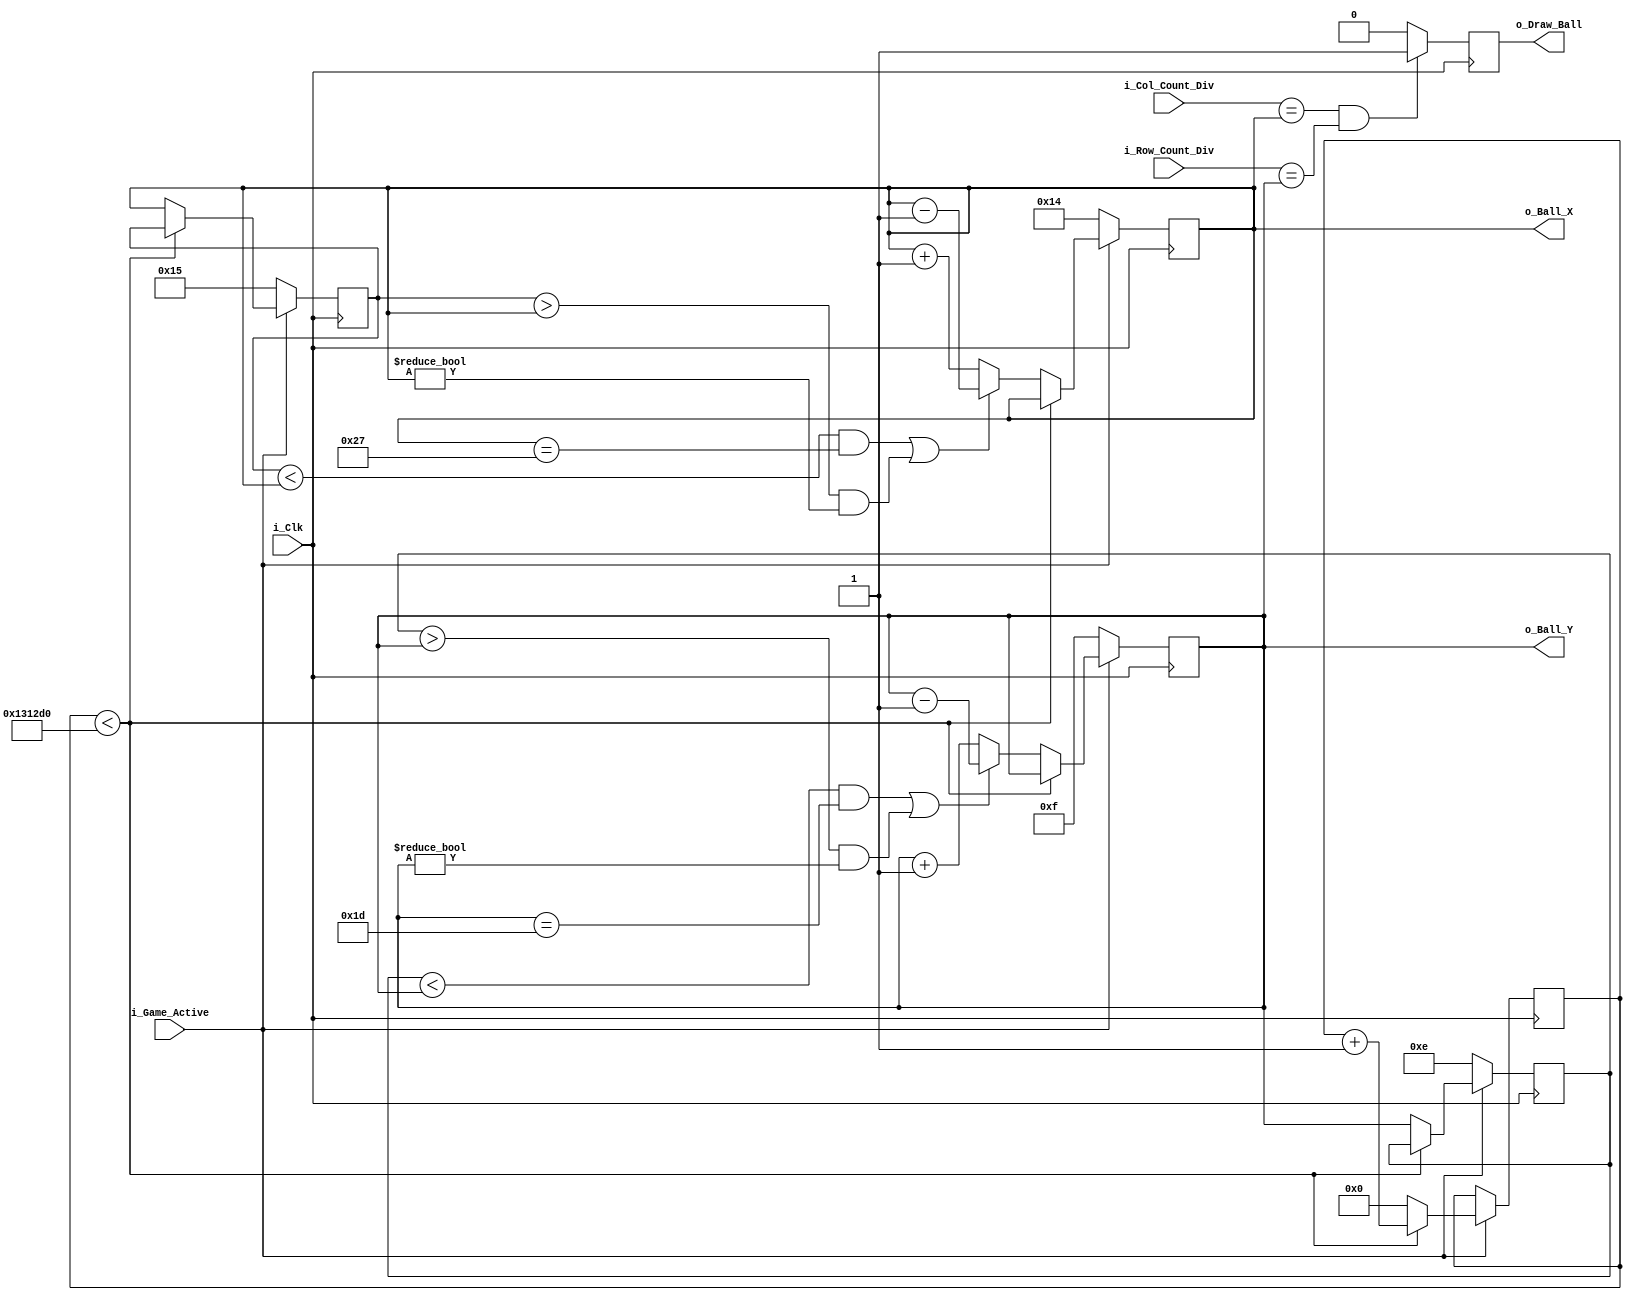
module Pong_Ball_Ctrl 
  #(parameter c_GAME_WIDTH=40, 
    parameter c_GAME_HEIGHT=30) 
  (input            i_Clk,
   input            i_Game_Active,
   input [5:0]      i_Col_Count_Div,
   input [5:0]      i_Row_Count_Div,
   output reg       o_Draw_Ball,
   output reg [5:0] o_Ball_X = 0,
   output reg [5:0] o_Ball_Y = 0);

  // Set the Speed of the ball movement.
  // In this case, the ball will move one board game unit 
  // every 50 milliseconds that the button is held down.   
  parameter c_BALL_SPEED = 1250000;

  reg [5:0]  r_Ball_X_Prev = 0;
  reg [5:0]  r_Ball_Y_Prev = 0;    
  reg [31:0] r_Ball_Count = 0;

  always @(posedge i_Clk)
  begin
    // If the game is not active, ball stays in the middle of
    // screen until the game starts.
    if (i_Game_Active == 1'b0)
    begin
      o_Ball_X      <= c_GAME_WIDTH/2;
      o_Ball_Y      <= c_GAME_HEIGHT/2;
      r_Ball_X_Prev <= c_GAME_WIDTH/2 + 1;
      r_Ball_Y_Prev <= c_GAME_HEIGHT/2 - 1;
    end

    // Update the ball counter continuously.  Ball movement
    // update rate is determined by input parameter
    // If ball counter is at its limit, update the ball position
    // in both X and Y.
    else
    begin
      if (r_Ball_Count < c_BALL_SPEED)
        r_Ball_Count <= r_Ball_Count + 1;
      else
      begin
        r_Ball_Count <= 0;

        // Store Previous Location to keep track of movement
        r_Ball_X_Prev <= o_Ball_X;
        r_Ball_Y_Prev <= o_Ball_Y;

        // When Previous Value is less than current value, ball is moving
        // to right.  Keep it moving to the right unless we are at wall.
        // When Prevous value is greater than current value, ball is moving
        // to left.  Keep it moving to the left unless we are at a wall.
        // Same philosophy for both X and Y.
        
        if ((r_Ball_X_Prev < o_Ball_X && o_Ball_X == c_GAME_WIDTH-1) ||
            (r_Ball_X_Prev > o_Ball_X && o_Ball_X != 0))
          o_Ball_X <= o_Ball_X - 1;
        else
          o_Ball_X <= o_Ball_X + 1;

        if ((r_Ball_Y_Prev < o_Ball_Y && o_Ball_Y == c_GAME_HEIGHT-1) ||
            (r_Ball_Y_Prev > o_Ball_Y && o_Ball_Y != 0))
          o_Ball_Y <= o_Ball_Y - 1;
        else
          o_Ball_Y <= o_Ball_Y + 1;
      end
    end
  end // always @ (posedge i_Clk)


  // Draws a ball at the location determined by X and Y indexes.
  always @(posedge i_Clk)
  begin
    if (i_Col_Count_Div == o_Ball_X && i_Row_Count_Div == o_Ball_Y)
      o_Draw_Ball <= 1'b1;
    else
      o_Draw_Ball <= 1'b0;
  end


endmodule